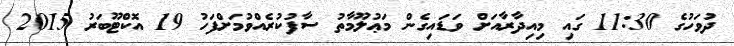
ދުވަހުގެ 11:30 ގައި މިއިދާރާއަށް ވަޑައިގެން މަޢުލޫމާތު ސާފުކުރެއްވުމަށްފަހު 19 އޮކްޓޫބަރު 2015